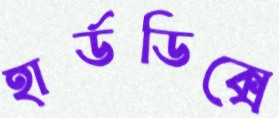
হার্ডডিক্সে